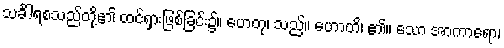
သင်္ခါရစသည်တို့၏ ထင်ရှားဖြစ်ခြင်း၌။ ဟေတု၊ သည်။ ဟောတိ၊ ၏။ သော အာကာရော၊